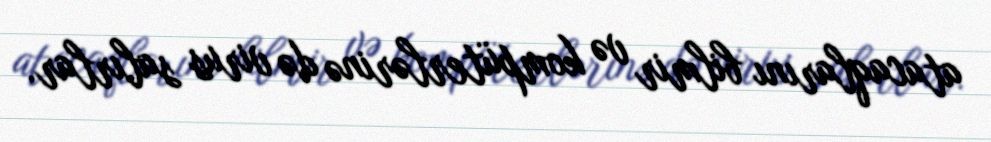
atacaqlarını bilmir və kompüterlərinə də virus salırlar.